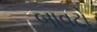
બાવટો